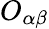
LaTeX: O_{\alpha\beta}